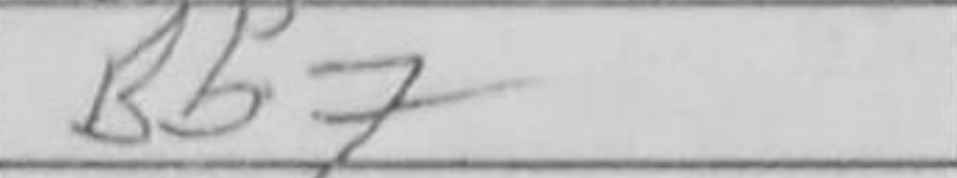
Transcription: Bb7